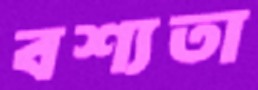
বশ্যতা